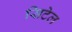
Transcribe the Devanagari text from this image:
सिटेल